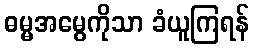
ဓမ္မအမွေကိုသာ ခံယူကြရန်